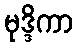
မုဒ္ဒိကာ